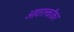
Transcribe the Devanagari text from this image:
ओवरक्लॉकर